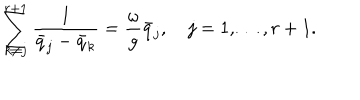
\sum _ { k \ne j } ^ { r + 1 } { \frac { 1 } { \bar { q } _ { j } - \bar { q } _ { k } } } = { \frac { \omega } { g } } \bar { q } _ { j } , \quad j = 1 , \ldots , r + 1 .